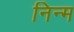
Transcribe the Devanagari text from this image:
निन्‍म